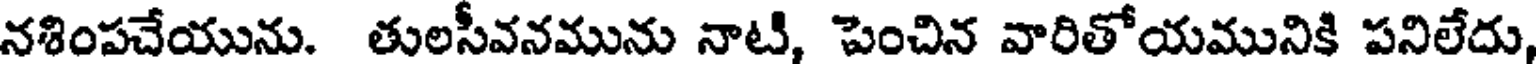
నశింపచేయును. తులసీవనమును నాటి, పెంచిన వారితోయమునికి పనిలేదు,